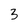
Character: 3